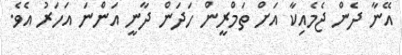
އޭނާ ދެން ޖެމެއިކާ އަށް ތަމްރީން ހަދަން ދާނީ އަންނަ އަހަރު އެވެ.